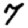
Digit: 7